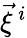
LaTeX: \vec{\xi}^{\ i}